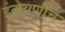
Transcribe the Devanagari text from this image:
इंद्रायणींचे